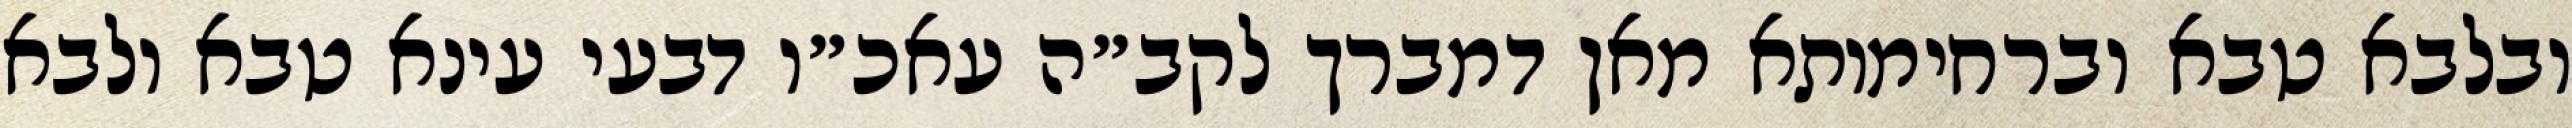
ובלבא טבא וברחימותא מאן דמברך לקב״ה עאכ״ו דבעי עינא טבא ולבא